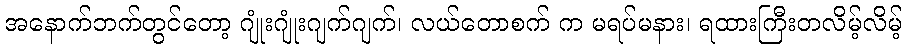
အနောက်ဘက်တွင်တော့ ဂျုံးဂျုံးဂျက်ဂျက်၊ လယ်တောစက် က မရပ်မနား၊ ရထားကြီးတလိမ့်လိမ့်